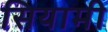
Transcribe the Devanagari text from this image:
सियामी